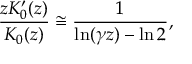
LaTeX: \frac { z K _ { 0 } ^ { \prime } ( z ) } { K _ { 0 } ( z ) } \cong \frac { 1 } { \ln ( \gamma z ) - \ln 2 } ,